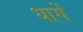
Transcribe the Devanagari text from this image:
धागें